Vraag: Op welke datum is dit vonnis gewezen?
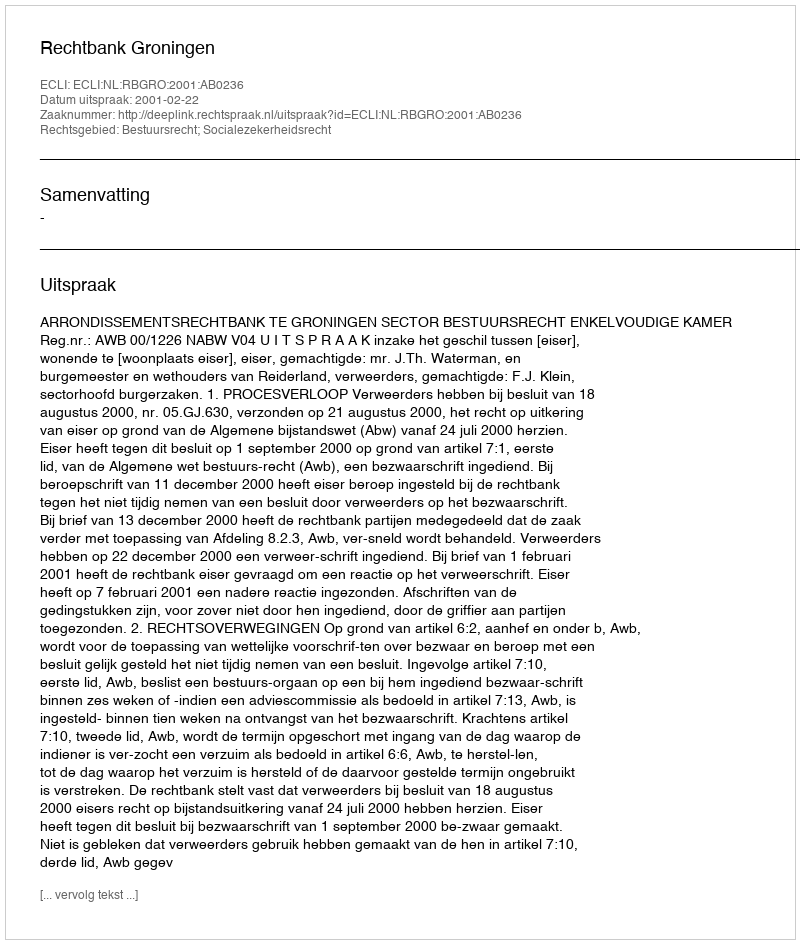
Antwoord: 2001-02-22